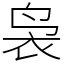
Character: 袅